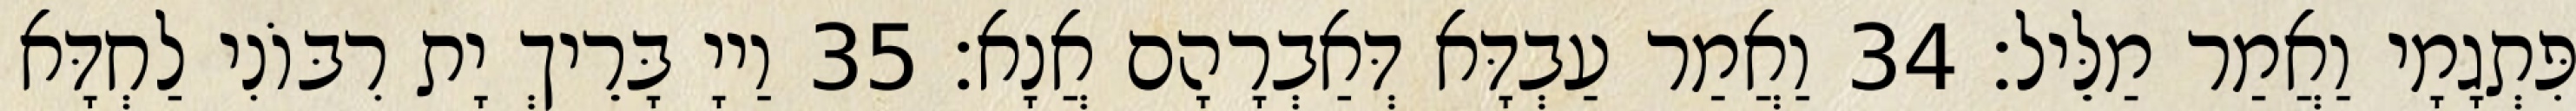
פִּתְגָמָי וַאֲמַר מַלֵּיל׃ 34 וַאֲמַר עַבְדָּא דְּאַבְרָהָם אֲנָא׃ 35 וַייָ בָּרֵיךְ יָת רִבּוֹנִי לַחְדָּא